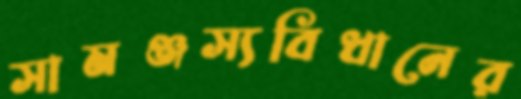
সামঞ্জস্যবিধানের